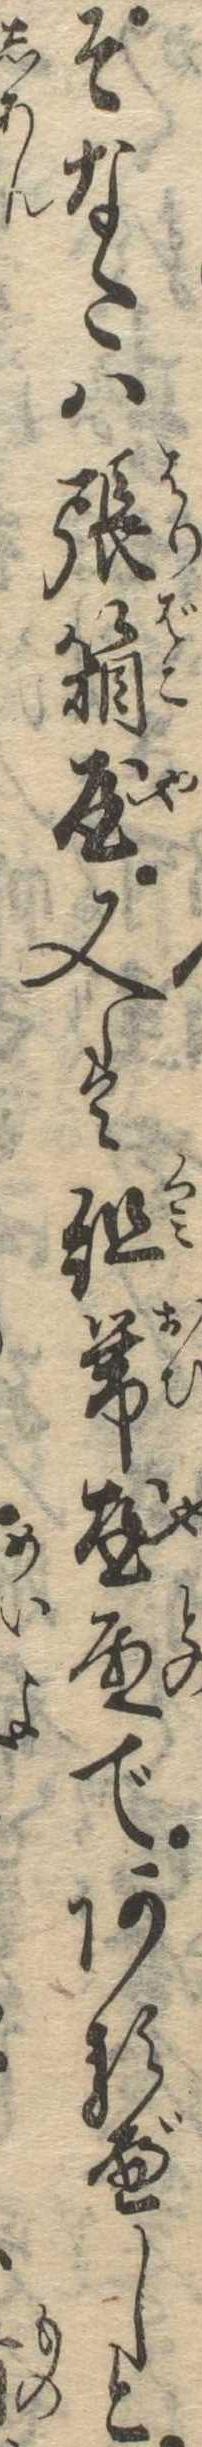
そなたは張箱屋又は組帯屋殿であるべしと